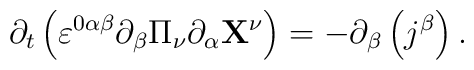
\partial _{t}\left( \varepsilon ^{0\alpha \beta }\partial _{\beta }\Pi _{\nu}\partial _{\alpha }\mathbf{X}^{\nu }\right) =-\partial _{\beta }\left(j^{\beta }\right) .